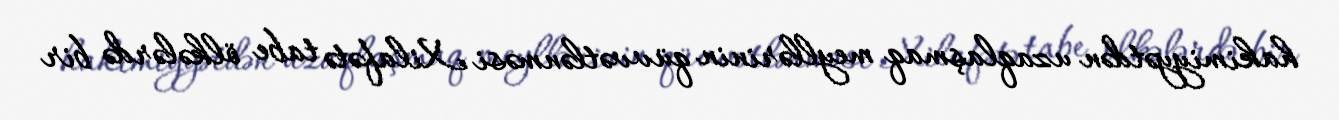
hakimiyyətdən uzaqlaşmaq meyllərinin qüvvətlənməsi Xilafətə tabe ölkələrdə bir